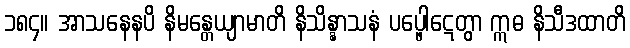
၁၈၄။ အာသနေနပိ နိမန္တေယျာမာတိ နိသိန္နာသနံ ပပ္ဖေါဋေတွာ ဣဓ နိသီဒထာတိ